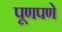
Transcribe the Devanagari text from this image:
पूणपणे